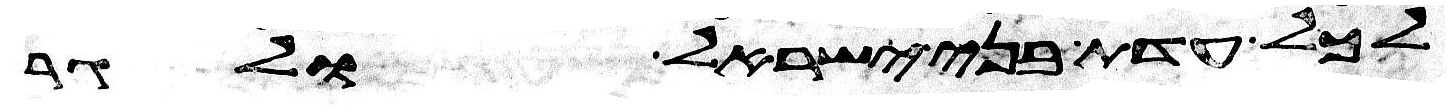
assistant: לכל עדת בני ישראל ולגר